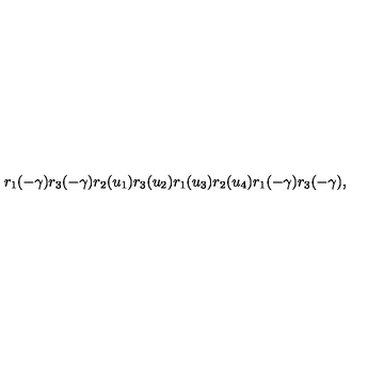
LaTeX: r _ { 1 } ( - \gamma ) r _ { 3 } ( - \gamma ) r _ { 2 } ( u _ { 1 } ) r _ { 3 } ( u _ { 2 } ) r _ { 1 } ( u _ { 3 } ) r _ { 2 } ( u _ { 4 } ) r _ { 1 } ( - \gamma ) r _ { 3 } ( - \gamma ) ,